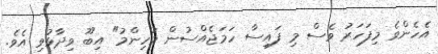
އެހެންވެ މިފަހަރު ވެސް މި ފައިސާ ހަމަޖެއްސުން މުހިންމު" އިބޫ ވިދާޅުވި އެވެ.